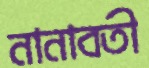
নানাবতী